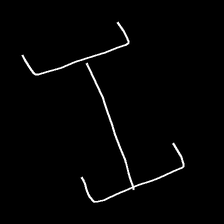
Glyph: entwine